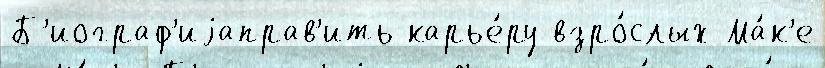
Б'иограф'иjаправ'ить карье́ру взро́слых Ма́к'е